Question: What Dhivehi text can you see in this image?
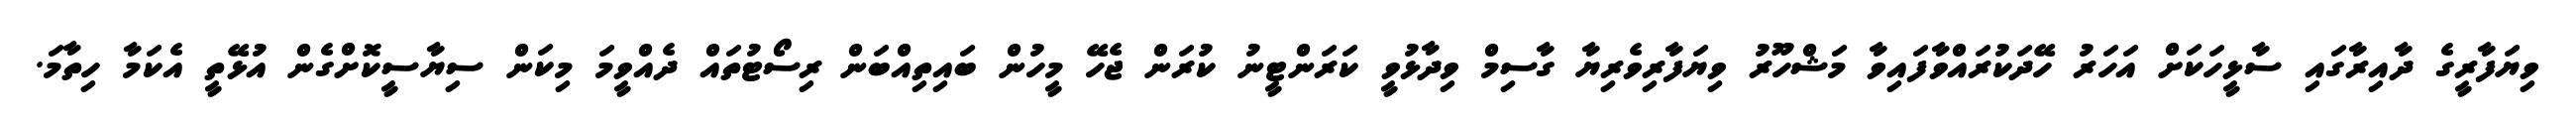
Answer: ވިޔަފާރީގެ ދާއިރާގައި ސާޅީހަކަށް އަހަރު ހޭދަކުރައްވާފައިވާ މަޝްހޫރު ވިޔަފާރިވެރިޔާ ގާސިމް ވިދާޅުވީ ކަރަންޓީނު ކުރަން ޖެހޭ މީހުން ބައިތިއްބަން ރިސޯޓުތައް ދެއްވީމަ މިކަން ސިޔާސީކޮށްގެން އުޅޭތީ އެކަމާ ހިތާމަ.